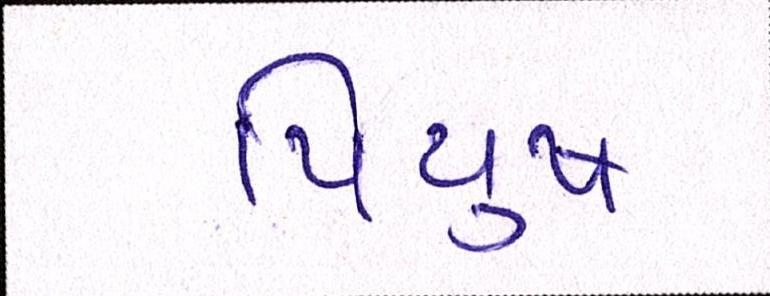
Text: પિયુષ